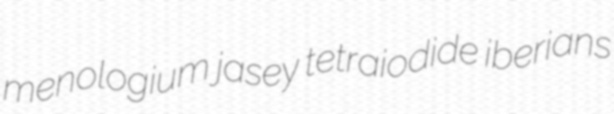
menologium jasey tetraiodide iberians